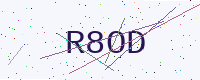
Text: R8OD